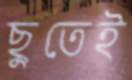
ছুতেই